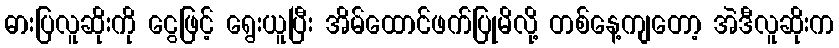
ဓားပြလူဆိုးကို ငွေဖြင့် ရွေးယူပြီး အိမ်ထောင်ဖက်ပြုမိလို့ တစ်နေ့ကျတော့ အဲဒီလူဆိုးက